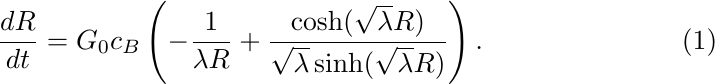
\begin{equation} \label{3d vitro speed}
     \frac{dR}{dt} = G_0 c_B  \left(  - \frac{ 1}{ \lambda R}  + \frac{  \cosh(\sqrt{\lambda}R)}{ \sqrt{\lambda} \sinh(\sqrt{\lambda}R)}  \right) .
\end{equation}